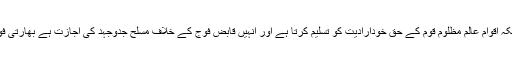
بھارت نے عالمی منشور کی نفی کی ہے کیونکہ اقوام عالم مظلوم قوم کے حق خودارادیت کو تسلیم کرتا ہے اور انہیں قابض فوج کے خلاف مسلح جدوجہد کی اجازت ہے بھارتی فوج نے کشمیر کو خون سے رنگین کر دیا ہے۔